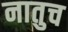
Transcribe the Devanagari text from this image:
नातुच